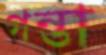
গন্তা